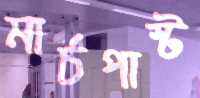
মার্চপাস্ট